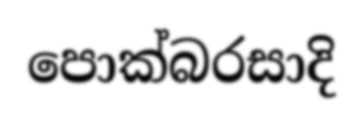
පොක්බරසාදි